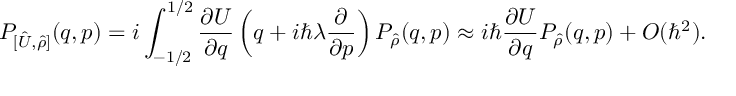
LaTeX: P _ { [ \hat { U } , \hat { \rho } ] } ( q , p ) = i \int _ { - 1 / 2 } ^ { 1 / 2 } \frac { \partial U } { \partial q } \left( q + i \hbar \lambda \frac { \partial } { \partial p } \right) P _ { \hat { \rho } } ( q , p ) \approx i \hbar \frac { \partial U } { \partial q } P _ { \hat { \rho } } ( q , p ) + O ( \hbar ^ { 2 } ) .